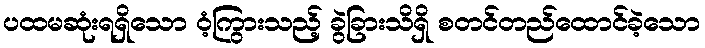
ပထမဆုံးရရှိသော ဝံ့ကြွားသည့် ခွဲခြားသိရှိ စတင်တည်ထောင်ခဲ့သော